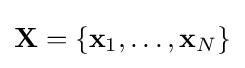
\mathbf {X} =\{\mathbf {x} _{1},\dots ,\mathbf {x} _{N}\}